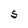
Character: S